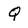
Character: Q